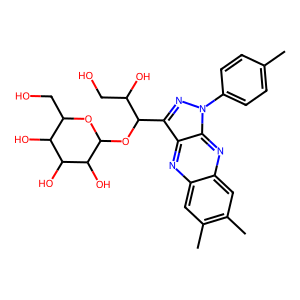
SMILES: Cc1ccc(-n2nc(C(OC3OC(CO)C(O)C(O)C3O)C(O)CO)c3nc4cc(C)c(C)cc4nc32)cc1
Inhibits HIV replication: No